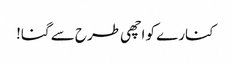
کنارے کو اچھی طرح سے گنا!